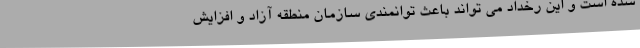
شده است و این رخداد می تواند باعث توانمندی سازمان منطقه آزاد و افزایش